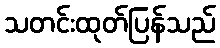
သတင်းထုတ်ပြန်သည်